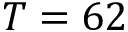
T = 6 2